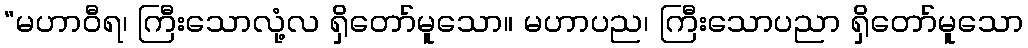
“မဟာဝီရ၊ ကြီးသောလုံ့လ ရှိတော်မူသော။ မဟာပည၊ ကြီးသောပညာ ရှိတော်မူသော